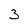
Character: 3